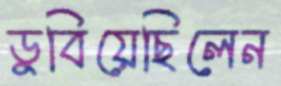
ডুবিয়েছিলেন